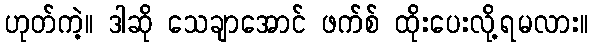
ဟုတ်ကဲ့။ ဒါဆို သေချာအောင် ဖက်စ် ထိုးပေးလို့ရမလား။